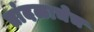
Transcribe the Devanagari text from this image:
तांदळाचेच